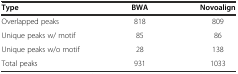
| Type | BWA | Novoalign |
 | --- | --- | --- |
 | Overlapped peaks | 818 | 809 |
 | Unique peaks w/ motif | 85 | 86 |
 | Unique peaks w/o motif | 28 | 138 |
 | Total peaks | 931 | 1033 |